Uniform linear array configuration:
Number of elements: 12
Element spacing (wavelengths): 0.25
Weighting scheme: blackman
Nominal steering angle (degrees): -60
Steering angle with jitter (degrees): -58.714
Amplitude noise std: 0.05
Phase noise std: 0.05

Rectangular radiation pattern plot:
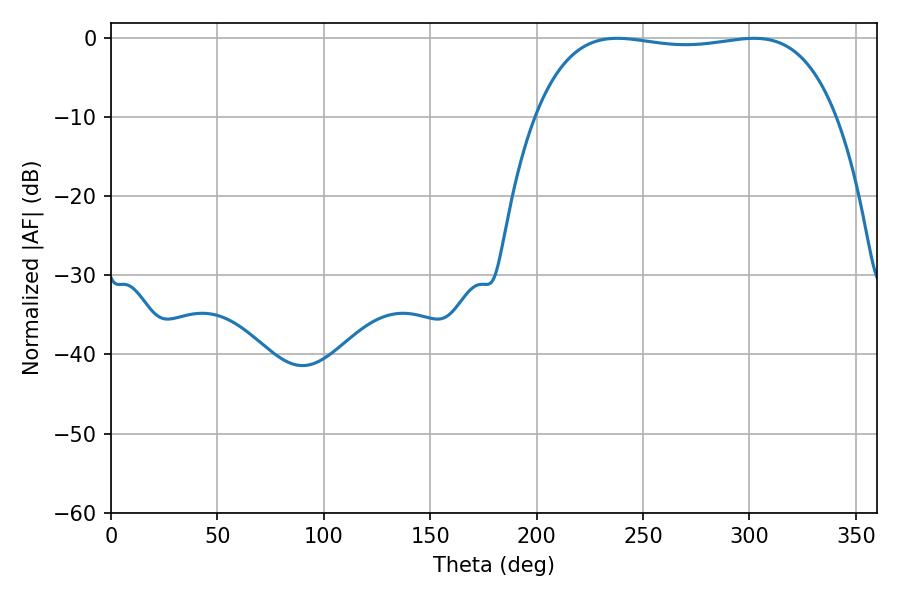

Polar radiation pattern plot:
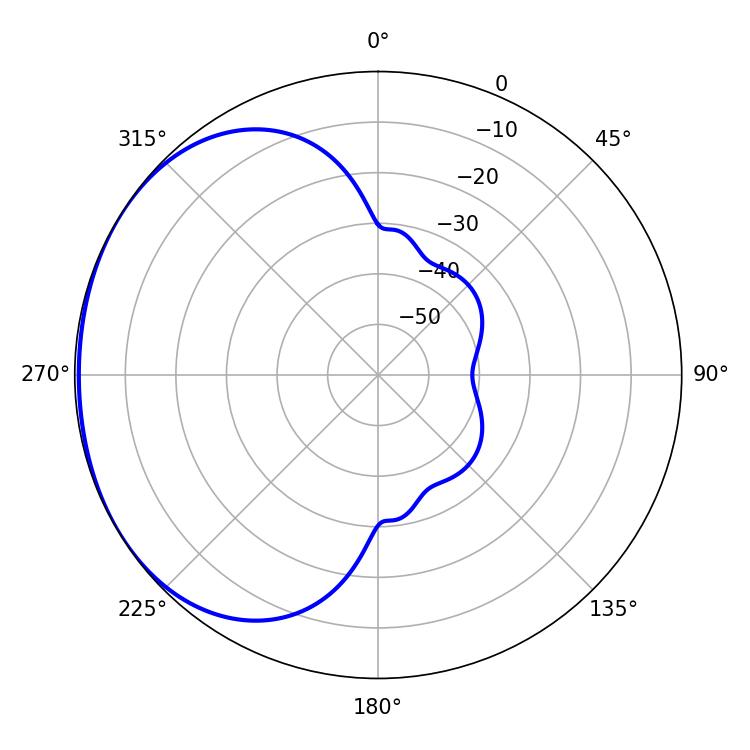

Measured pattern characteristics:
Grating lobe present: FALSE
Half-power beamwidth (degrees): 112.68
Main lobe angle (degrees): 237.78